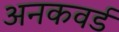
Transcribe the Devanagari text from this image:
अनकवर्ड